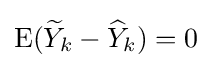
\operatorname {E} ({\widetilde {Y}}_{k}-{\widehat {Y}}_{k})=0